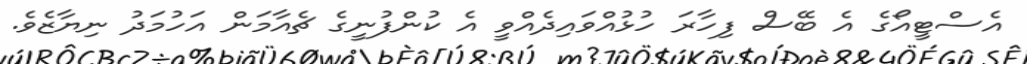
އެސްޓީއޯގެ އެ ބޭސް ފިހާރަ ހުޅުއްވައިދެއްވީ އެ ކުންފުނީގެ ޗެއާމަން އަހުމަދު ނިޔާޒެވެ.